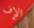
الإف